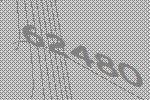
62480